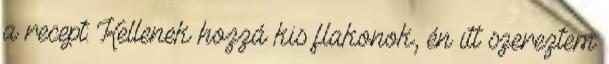
a recept: Kellenek hozzá kis flakonok, én itt szereztem